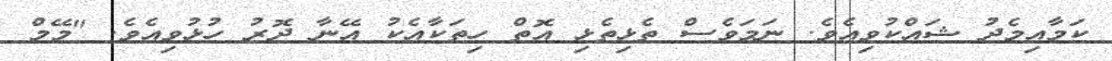
ކަމާއިމެދު ޝައްކުވިއެވެ. ނަމަވެސް ތެޅިތެޅި އޮތް ހިތަކާއެކު އޭނާ ދޮރު ހުޅުވިއެވެ. "މޭމް